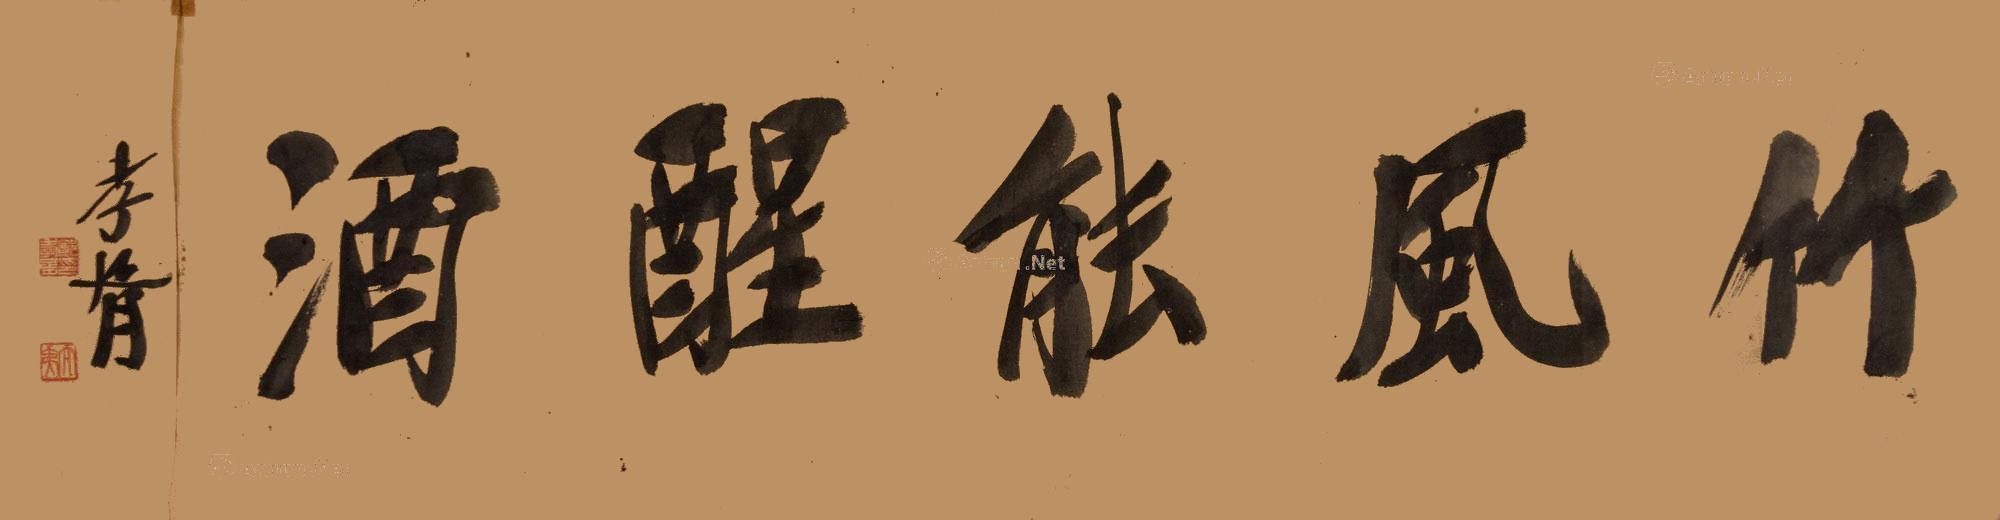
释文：竹风能醒酒孝胥。